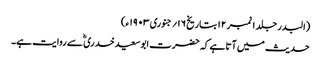
(البدر جلد ۱ نمبر ۱۲ بتاریخ ۱۶؍ جنوری ۱۹۰۳ ء)
حدیث میں آتا ہے کہ حضرت ابوسعیدخدری ؓ سے روایت ہے۔